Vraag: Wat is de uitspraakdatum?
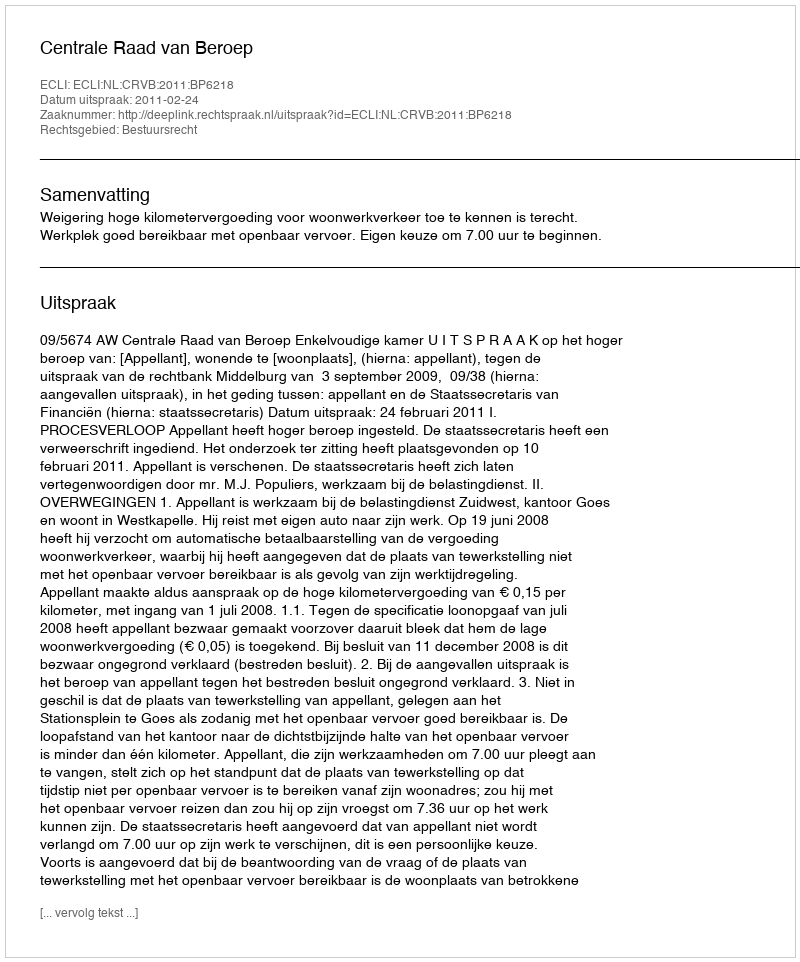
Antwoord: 2011-02-24